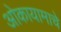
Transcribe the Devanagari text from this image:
ओकायामाचे